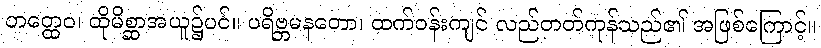
တတ္ထေဝ၊ ထိုမိစ္ဆာအယူ၌ပင်။ ပရိဗ္ဘမနတော၊ ထက်ဝန်းကျင် လည်တတ်ကုန်သည်၏ အဖြစ်ကြောင့်။